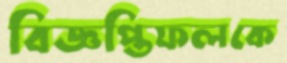
বিজ্ঞপ্তিফলকে